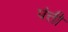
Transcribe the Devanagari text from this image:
पंत्ती